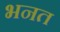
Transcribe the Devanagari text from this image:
भनत